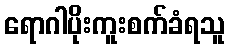
ရောဂါပိုးကူးစက်ခံရသူ